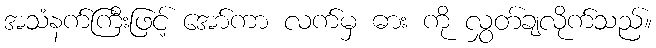
အသံနက်ကြီးဖြင့် အော်ကာ လက်မှ ဓား ကို လွှတ်ချလိုက်သည်။